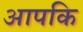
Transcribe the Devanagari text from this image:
आपकि